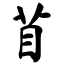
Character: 苜